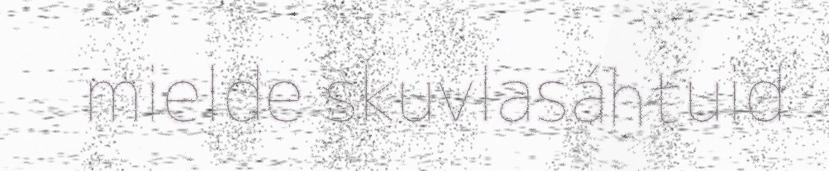
mielde skuvlasáhtuid